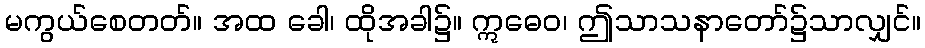
မကွယ်စေတတ်။ အထ ခေါ၊ ထိုအခါ၌။ ဣဓေဝ၊ ဤသာသနာတော်၌သာလျှင်။